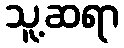
သူ့ဆရာ